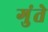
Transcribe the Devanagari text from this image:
गुंते